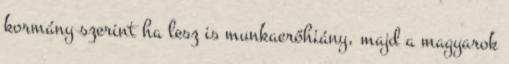
kormány szerint ha lesz is munkaerőhiány, majd a magyarok